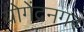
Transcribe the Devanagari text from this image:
योगेंद्रनगर